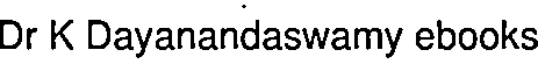
Dr K Dayanandaswamy ebooks